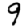
Digit: 9